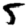
Digit: 5